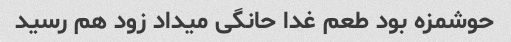
حوشمزه بود طعم غدا حانگی میداد زود هم رسید